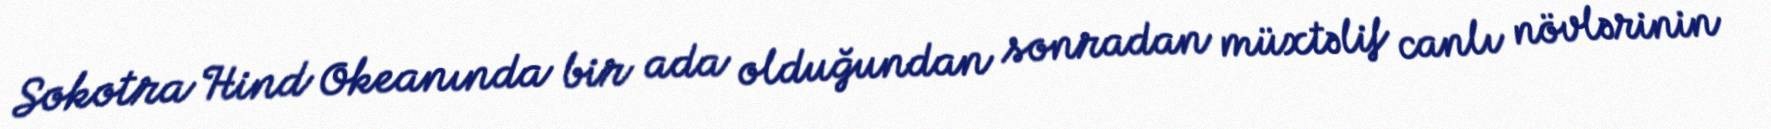
Sokotra Hind Okeanında bir ada olduğundan sonradan müxtəlif canlı növlərinin